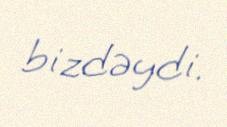
bizdəydi.